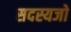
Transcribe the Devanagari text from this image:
सदस्यजो